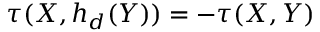
\tau ( X , h _ { d } ( Y ) ) = - \tau ( X , Y )